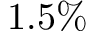
1 . 5 \%